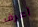
أعرف